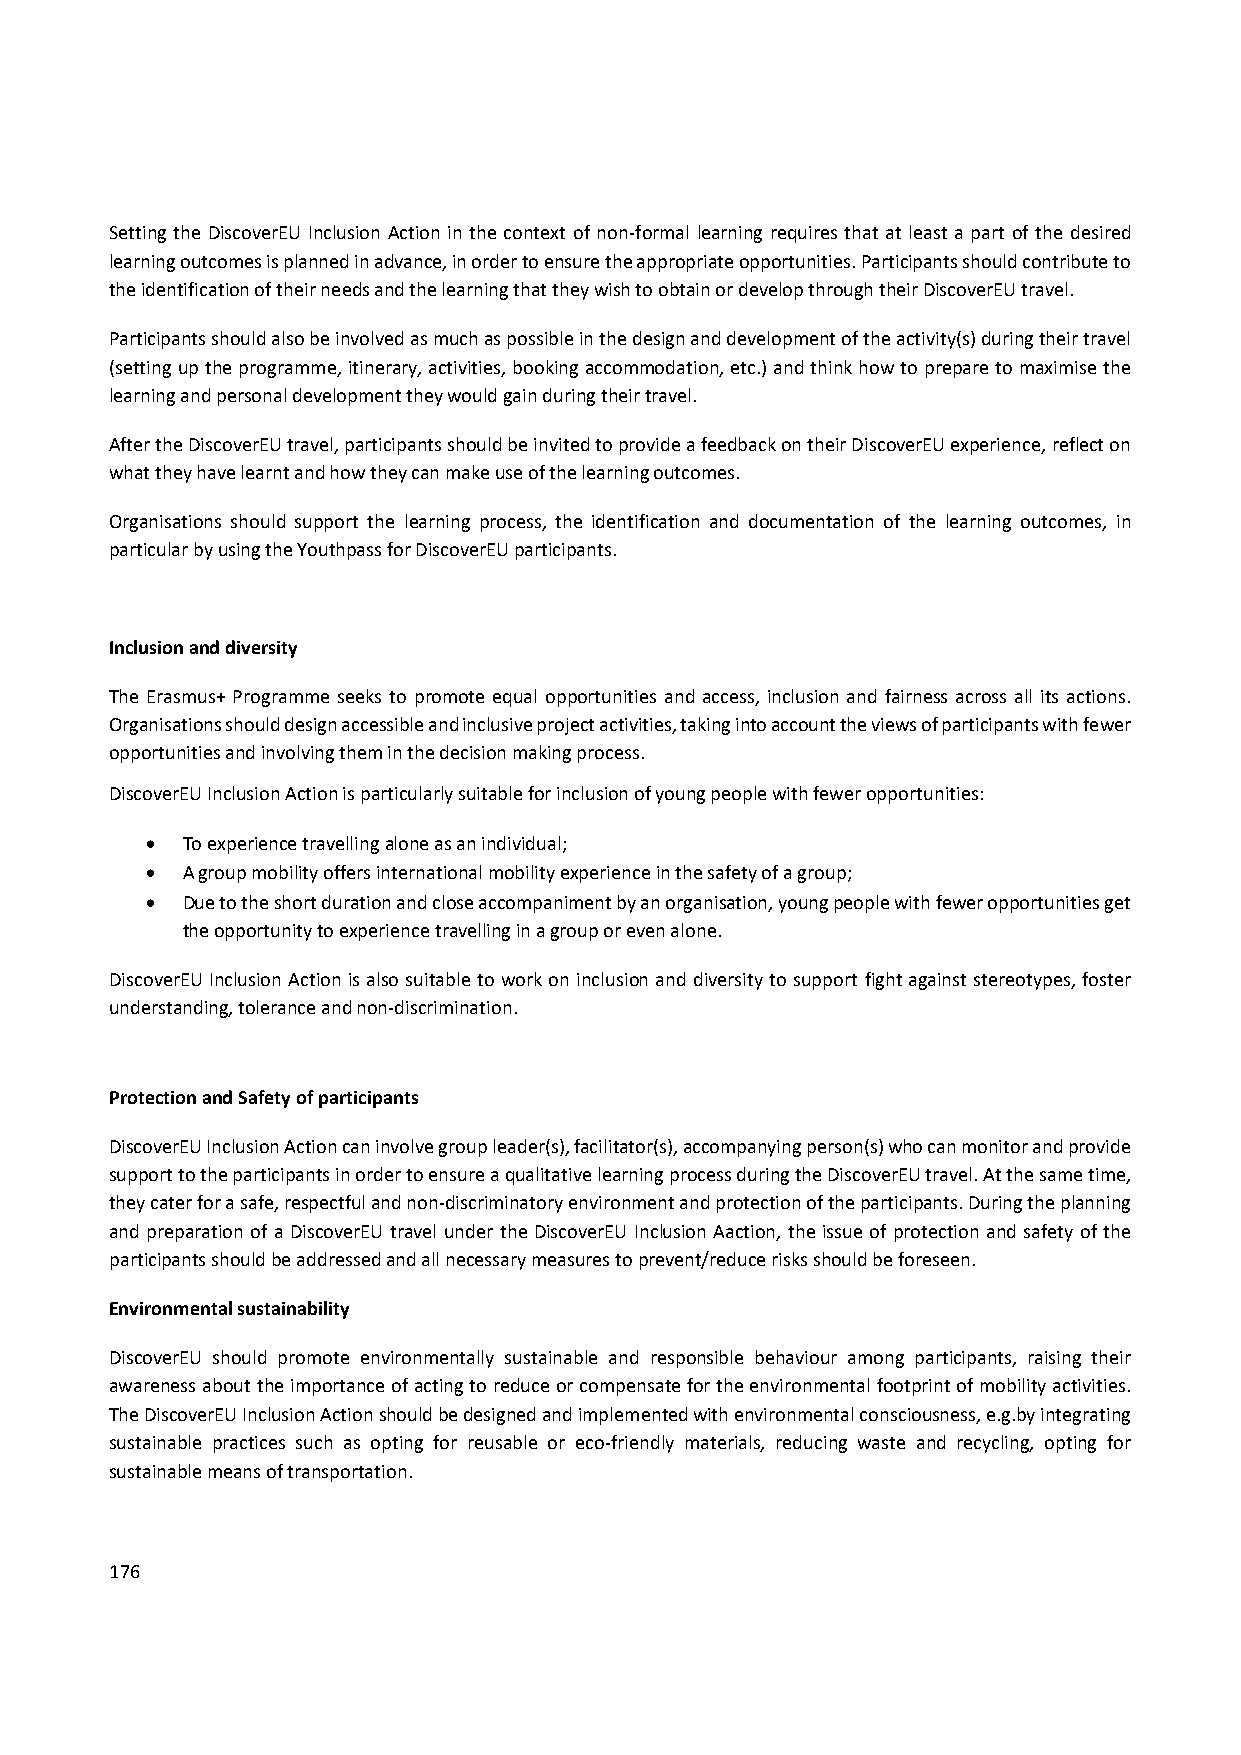
Setting the DiscoverEU Inclusion Action in the context of non‐formal learning requires that at least a part of the desired
 learning outcomes is planned in advance, in order to ensure the appropriate opportunities. Participants should contribute to
 the identification of their needs and the learning that they wish to obtain or develop through their DiscoverEU travel.
 Participants should also be involved as much as possible in the design and development of the activity(s) during their travel
 (setting up the programme, itinerary, activities, booking accommodation, etc.) and think how to prepare to maximise the
 learning and personal development they would gain during their travel.
 After the DiscoverEU travel, participants should be invited to provide a feedback on their DiscoverEU experience, reflect on
 what they have learnt and how they can make use of the learning outcomes.
 Organisations should support the learning process, the identification and documentation of the learning outcomes, in
 particular by using the Youthpass for DiscoverEU participants.
 Inclusion and diversity
 The Erasmus+ Programme seeks to promote equal opportunities and access, inclusion and fairness across all its actions.
 Organisations should design accessible and inclusive project activities, taking into account the views of participants with fewer
 opportunities and involving them in the decision making process.
 DiscoverEU Inclusion Action is particularly suitable for inclusion of young people with fewer opportunities:
  To experience travelling alone as an individual;
  A group mobility offers international mobility experience in the safety of a group;
  Due to the short duration and close accompaniment by an organisation, young people with fewer opportunities get
 the opportunity to experience travelling in a group or even alone.
 DiscoverEU Inclusion Action is also suitable to work on inclusion and diversity to support fight against stereotypes, foster
 understanding, tolerance and non‐discrimination.
 Protection and Safety of participants
 DiscoverEU Inclusion Action can involve group leader(s), facilitator(s), accompanying person(s) who can monitor and provide
 support to the participants in order to ensure a qualitative learning process during the DiscoverEU travel. At the same time,
 they cater for a safe, respectful and non‐discriminatory environment and protection of the participants. During the planning
 and preparation of a DiscoverEU travel under the DiscoverEU Inclusion Aaction, the issue of protection and safety of the
 participants should be addressed and all necessary measures to prevent/reduce risks should be foreseen.
 Environmental sustainability
 DiscoverEU should promote environmentally sustainable and responsible behaviour among participants, raising their
 awareness about the importance of acting to reduce or compensate for the environmental footprint of mobility activities.
 The DiscoverEU Inclusion Action should be designed and implemented with environmental consciousness, e.g.by integrating
 sustainable practices such as opting for reusable or eco‐friendly materials, reducing waste and recycling, opting for
 sustainable means of transportation.
 176